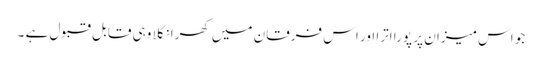
جو اس میزان پر پورا اترا اور اس فرقان میں کھرا نکلا وہی قابل قبول ہے ۔